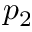
p _ { 2 }